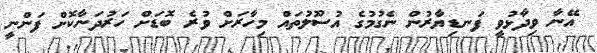
އޭނާ ވިދާޅުވީ ފަނޑިޔާރުން ނެގުމުގެ އުސޫލުތައް މިހާރަށް ވުރެ ބޮޑަށް ހަރުދަނާކޮށް ފަންނީ